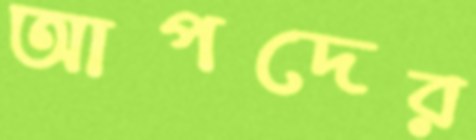
আপদের